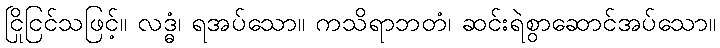
ငြိုငြင်သဖြင့်။ လဒ္ဓံ၊ ရအပ်သော။ ကသိရာဘတံ၊ ဆင်းရဲစွာဆောင်အပ်သော။